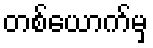
တစ်ယောက်မှ